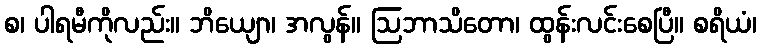
စ၊ ပါရမီကိုလည်း။ ဘိယျော၊ အလွန်။ ဩဘာသိတော၊ ထွန်းလင်းစေပြီ။ စရိယံ၊